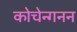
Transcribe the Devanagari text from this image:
कोचेन्गनन